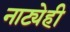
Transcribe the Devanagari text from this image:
नाट्येही